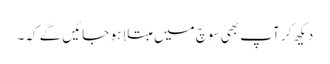
دیکھ کر آپ بھی سوچ میں مبتلا ہو جائیں گے کہ۔